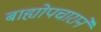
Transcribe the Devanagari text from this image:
बाह्योपचाराने